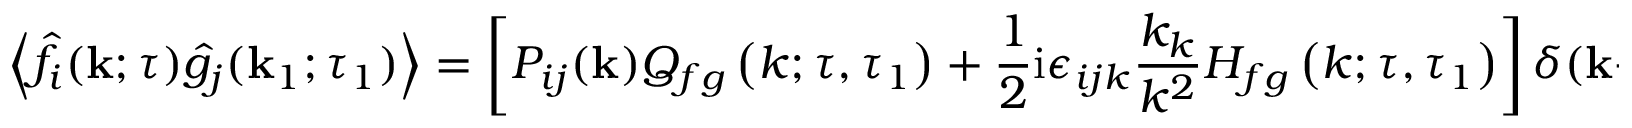
\left\langle \hat { f } _ { i } ( \mathbf { k } ; \tau ) \hat { g } _ { j } ( \mathbf { k } _ { 1 } ; \tau _ { 1 } ) \right\rangle = \left[ P _ { i j } ( \mathbf { k } ) Q _ { f g } \left( k ; \tau , \tau _ { 1 } \right) + \frac { 1 } { 2 } \mathrm { i } \epsilon _ { i j k } \frac { k _ { k } } { k ^ { 2 } } H _ { f g } \left( k ; \tau , \tau _ { 1 } \right) \right] \delta ( \mathbf { k } + \mathbf { k } _ { 1 } ) ,